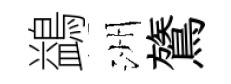
鷁洲鷟